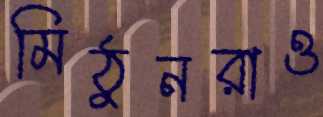
মিঠুনরাও